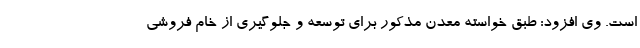
است. وی افزود: طبق خواسته معدن مذکور برای توسعه و جلوگیری از خام فروشی